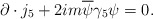
\begin{align*}\partial \cdot j_5 +2im \overline{\psi}\gamma_{5}\psi =0.\end{align*}